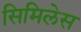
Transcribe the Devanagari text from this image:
सिमिलेस